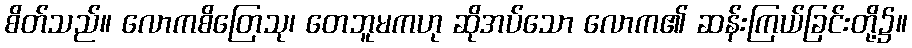
စိတ်သည်။ လောကစိတြေသု၊ တေဘူမကဟု ဆိုအပ်သော လောက၏ ဆန်းကြယ်ခြင်းတို့၌။